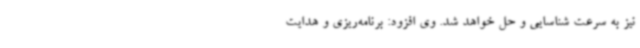
نیز به سرعت شناسایی و حل خواهد شد. وی افزود: برنامه‌ریزی و هدایت